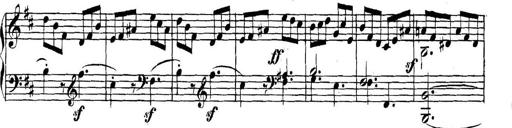
Title: Collected Piano Sonatas
Composer: Muzio Clementi